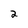
Character: 2